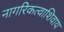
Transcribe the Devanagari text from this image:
नागरिकत्वाशिवाय